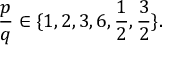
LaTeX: { \frac { p } { q } } \in \{ 1 , 2 , 3 , 6 , { \frac { 1 } { 2 } } , { \frac { 3 } { 2 } } \} .